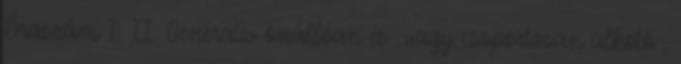
Óraszám I. II. Generatív önállóan és vagy csoportosan alkotó ,